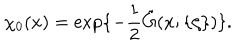
\chi _ { 0 } ( x ) = \exp \{ - \frac 1 2 \tilde { G } ( x ; \{ \zeta \} ) \} .